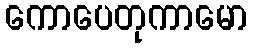
ကောပေတုကာမော